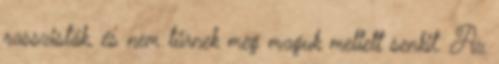
rasszisták, és nem tűrnek meg maguk mellett senkit. Az